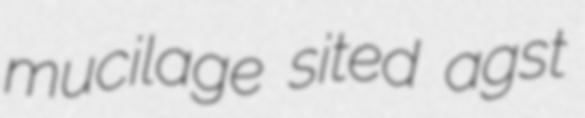
mucilage sited agst